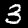
Label: 3